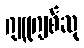
ဂျူဂျစ်ဆု